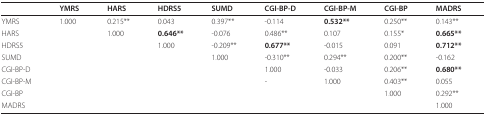
|  | YMRS | HARS | HDRS5 | SUMD | CGI-BP-D | CGI-BP-M | CGI-BP | MADRS |
 | --- | --- | --- | --- | --- | --- | --- | --- | --- |
 | YMRS | 1.000 | 0.215** | 0.043 | 0.397** | -0.114 | 0.532** | 0.250** | 0.143** |
 | HARS |  | 1.000 | 0.646** | -0.076 | 0.486** | 0.107 | 0.155* | 0.665** |
 | HDRS5 |  |  | 1.000 | -0.209** | 0.677** | -0.015 | 0.091 | 0.712** |
 | SUMD |  |  |  | 1.000 | -0.310** | 0.294** | 0.200** | -0.162 |
 | CGI-BP-D |  |  |  |  | 1.000 | -0.033 | 0.206** | 0.680** |
 | CGI-BP-M |  |  |  |  | - | 1.000 | 0.403** | 0.055 |
 | CGI-BP |  |  |  |  |  |  | 1.000 | 0.292** |
 | MADRS |  |  |  |  |  |  |  | 1.000 |